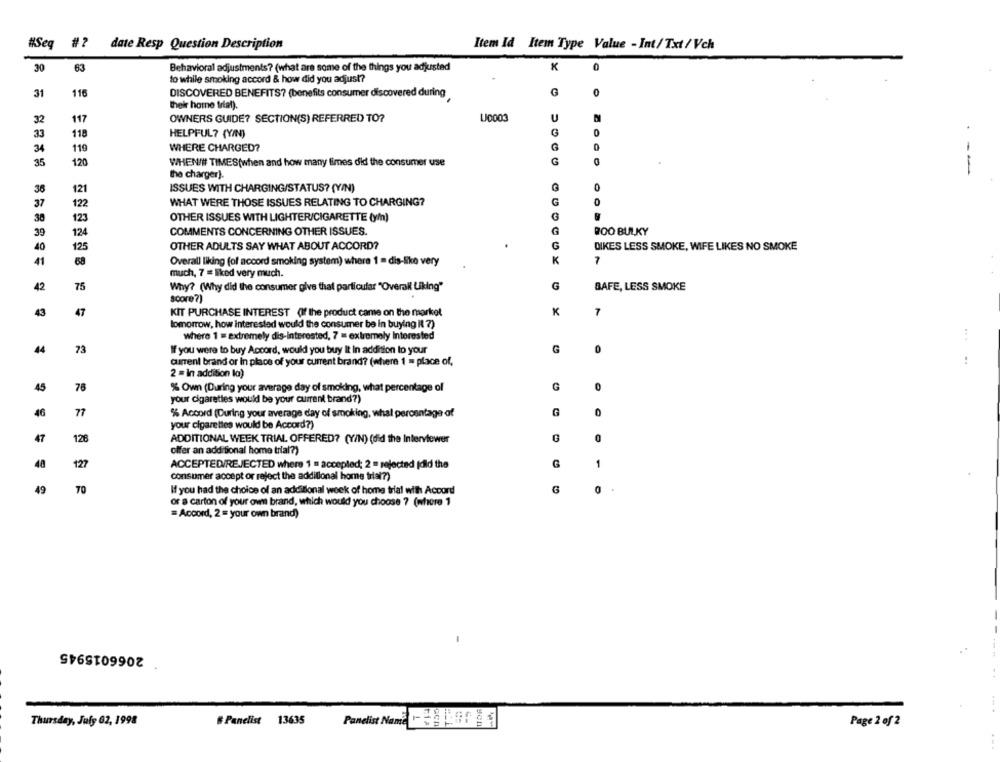
#Seg
#?
date Resp Question Description
Item Id Item Type Value - Int/ Txt / Vch
30
63
Behavioral adjustments? (what are some of the things you adjusted
0
to while smoking accord & how did you adjust?
G
0
31
116
DISCOVERED BENEFITS? (benefits consumer discovered during
their home triat).
32
117
OWNERS GUIDE? SECTION(S) REFERRED TO?
LJ0003
33
118
HELPFUL? (Y/N)
G
0
34
119
WHERE CHARGED?
120
G
35
WHEN/# TIMES(when and how many times did the consumer use
the charger).
---
36
121
ISSUES WITH CHARGING/STATUS? (Y/N)
G
0
37
122
WHAT WERE THOSE ISSUES RELATING TO CHARGING?
G
0
38
123
OTHER ISSUES WITH LIGHTER/CIGARETTE (y/n)
39
124
COMMENTS CONCERNING OTHER ISSUES.
G
ROO BULKY
OTHER ADULTS SAY WHAT ABOUT ACCORD?
G
40
125
DIKES LESS SMOKE, WIFE LIKES NO SMOKE
K
41
68
Overall liking (of accord smoking system) where 1 = dis-like very
7
much, 7 = liked very much.
42
75
Why? (Why did the consumer give that particular "Overall Uking"
G
BAFE, LESS SMOKE
score?)
43
47
KIT PURCHASE INTEREST (If the product came on the market
K
7
tomorrow, how interested would the consumer be in buying it 7)
where 1 = extremely dis-interested, 7 = extremely Interested
.. .
44
73
If you were to buy Accord, would you buy It In addition to your
G
current brand or In place of your current brand? (where 1 = place of,
..
2 = In addition la)
45
78
% Own (During your average day of smoking, what percentage of
0
your cigarettes would be your current brand?)
77
46
% Accord (During your average day of smoking, what percentage of
G
your cigarettes would be Accord?)
47
126
ADDITIONAL WEEK TRIAL OFFERED? (Y/N) (did the Interviewer
G
0
offer an additional home trial?)
48
127
ACCEPTED/REJECTED where 1 = accepled; 2 = rejected (dild the
G
1
consumer accept or reject the additional home trial?)
49
70
If you had the choice of an additional week of home trial with Accord
G
0
or a carton of your own brand, which would you choose 7 (where 1
= Accord, 2 = your own brand)
2066015945
Thursday, July 62, 1998
# Panelist 13635
Panelist Name
Page 2 of 2
...